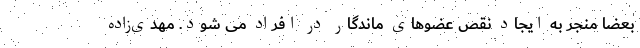
بعضاً منجر به ایجاد نقص عضوهای ماندگار در افراد می شود. مهدی‌زاده